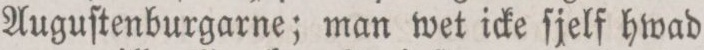
Auguſtenburgarne; man wet icke ſjelf hwad